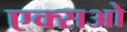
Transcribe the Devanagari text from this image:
एक्सओ